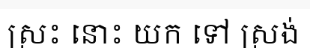
ស្រះ នោះ យក ទៅ ស្រង់